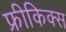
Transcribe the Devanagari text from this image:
फ्रीकिक्स